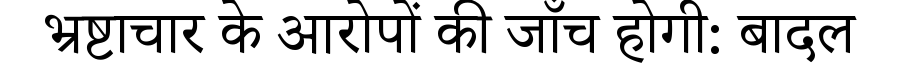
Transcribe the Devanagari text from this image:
भ्रष्टाचार के आरोपों की जाँच होगी: बादल